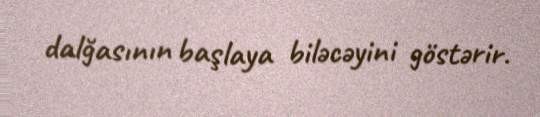
dalğasının başlaya biləcəyini göstərir.